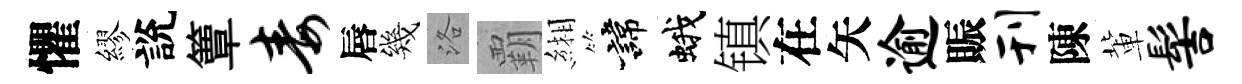
懼繆說簟毒唇幾洛覇緗諱蛾镇在矢逾賑刊陳軰髻